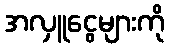
အလှူငွေများကို